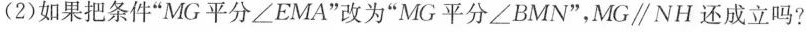
(2)如果把条件”MG平分∠EMA”改为”MG平分∠BMN”，MG\parallel NH还成立吗?